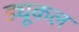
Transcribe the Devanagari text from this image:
ड्यूकल